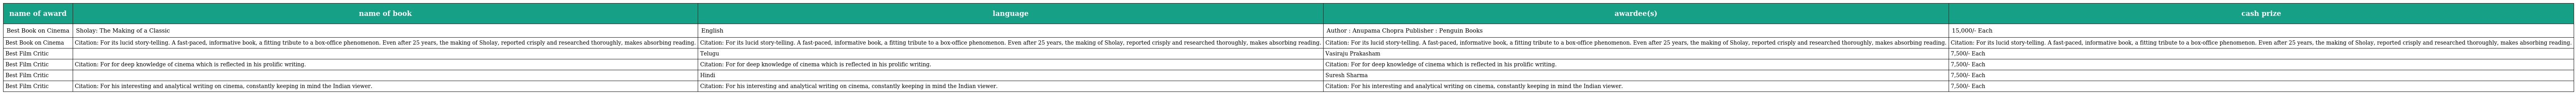
| name of award | name of book | language | awardee(s) | cash prize |
 | --- | --- | --- | --- | --- |
 | Best Book on Cinema | Sholay: The Making of a Classic | English | Author : Anupama Chopra Publisher : Penguin Books | 15,000/- Each |
 | Best Book on Cinema | Citation: For its lucid story-telling. A fast-paced, informative book, a fitting tribute to a box-office phenomenon. Even after 25 years, the making of Sholay, reported crisply and researched thoroughly, makes absorbing reading. | Citation: For its lucid story-telling. A fast-paced, informative book, a fitting tribute to a box-office phenomenon. Even after 25 years, the making of Sholay, reported crisply and researched thoroughly, makes absorbing reading. | Citation: For its lucid story-telling. A fast-paced, informative book, a fitting tribute to a box-office phenomenon. Even after 25 years, the making of Sholay, reported crisply and researched thoroughly, makes absorbing reading. | Citation: For its lucid story-telling. A fast-paced, informative book, a fitting tribute to a box-office phenomenon. Even after 25 years, the making of Sholay, reported crisply and researched thoroughly, makes absorbing reading. |
 | Best Film Critic |  | Telugu | Vasiraju Prakasham | 7,500/- Each |
 | Best Film Critic | Citation: For for deep knowledge of cinema which is reflected in his prolific writing. | Citation: For for deep knowledge of cinema which is reflected in his prolific writing. | Citation: For for deep knowledge of cinema which is reflected in his prolific writing. | 7,500/- Each |
 | Best Film Critic |  | Hindi | Suresh Sharma | 7,500/- Each |
 | Best Film Critic | Citation: For his interesting and analytical writing on cinema, constantly keeping in mind the Indian viewer. | Citation: For his interesting and analytical writing on cinema, constantly keeping in mind the Indian viewer. | Citation: For his interesting and analytical writing on cinema, constantly keeping in mind the Indian viewer. | 7,500/- Each |